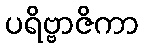
ပရိဗ္ဗာဇိကာ